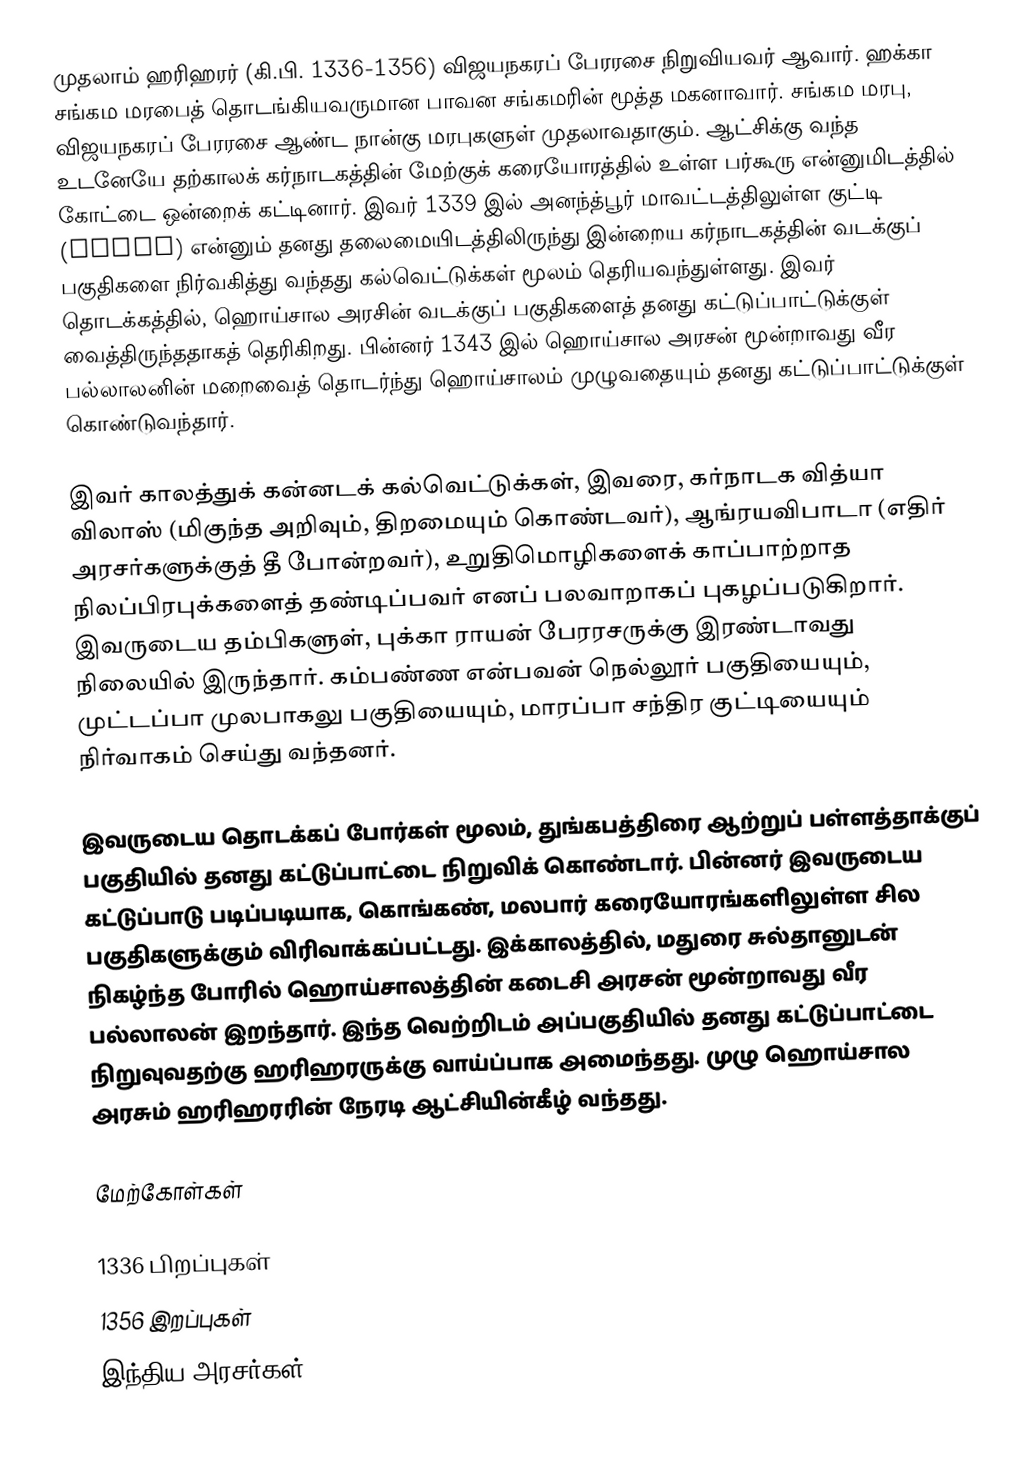
முதலாம் ஹரிஹரர் (கி.பி. 1336-1356) விஜயநகரப் பேரரசை நிறுவியவர் ஆவார். ஹக்கா சங்கம மரபைத் தொடங்கியவருமான பாவன சங்கமரின் மூத்த மகனாவார். சங்கம மரபு, விஜயநகரப் பேரரசை ஆண்ட நான்கு மரபுகளுள் முதலாவதாகும். ஆட்சிக்கு வந்த உடனேயே தற்காலக் கர்நாடகத்தின் மேற்குக் கரையோரத்தில் உள்ள பர்கூரு என்னுமிடத்தில் கோட்டை ஒன்றைக் கட்டினார். இவர் 1339 இல் அனந்த்பூர் மாவட்டத்திலுள்ள குட்டி (Gutti) என்னும் தனது தலைமையிடத்திலிருந்து இன்றைய கர்நாடகத்தின் வடக்குப் பகுதிகளை நிர்வகித்து வந்தது கல்வெட்டுக்கள் மூலம் தெரியவந்துள்ளது. இவர் தொடக்கத்தில், ஹொய்சால அரசின் வடக்குப் பகுதிகளைத் தனது கட்டுப்பாட்டுக்குள் வைத்திருந்ததாகத் தெரிகிறது. பின்னர் 1343 இல் ஹொய்சால அரசன் மூன்றாவது வீர பல்லாலனின் மறைவைத் தொடர்ந்து ஹொய்சாலம் முழுவதையும் தனது கட்டுப்பாட்டுக்குள் கொண்டுவந்தார்.

இவர் காலத்துக் கன்னடக் கல்வெட்டுக்கள், இவரை, கர்நாடக வித்யா விலாஸ் (மிகுந்த அறிவும், திறமையும் கொண்டவர்), ஆங்ரயவிபாடா (எதிர் அரசர்களுக்குத் தீ போன்றவர்), உறுதிமொழிகளைக் காப்பாற்றாத நிலப்பிரபுக்களைத் தண்டிப்பவர் எனப் பலவாறாகப் புகழப்படுகிறார். இவருடைய தம்பிகளுள், புக்கா ராயன் பேரரசருக்கு இரண்டாவது நிலையில் இருந்தார். கம்பண்ண என்பவன் நெல்லூர் பகுதியையும், முட்டப்பா முலபாகலு பகுதியையும், மாரப்பா சந்திர குட்டியையும் நிர்வாகம் செய்து வந்தனர்.

இவருடைய தொடக்கப் போர்கள் மூலம், துங்கபத்திரை ஆற்றுப் பள்ளத்தாக்குப் பகுதியில் தனது கட்டுப்பாட்டை நிறுவிக் கொண்டார். பின்னர் இவருடைய கட்டுப்பாடு படிப்படியாக, கொங்கண், மலபார் கரையோரங்களிலுள்ள சில பகுதிகளுக்கும் விரிவாக்கப்பட்டது. இக்காலத்தில், மதுரை சுல்தானுடன் நிகழ்ந்த போரில் ஹொய்சாலத்தின் கடைசி அரசன் மூன்றாவது வீர பல்லாலன் இறந்தார். இந்த வெற்றிடம் அப்பகுதியில் தனது கட்டுப்பாட்டை நிறுவுவதற்கு ஹரிஹரருக்கு வாய்ப்பாக அமைந்தது. முழு ஹொய்சால அரசும் ஹரிஹரரின் நேரடி ஆட்சியின்கீழ் வந்தது.

மேற்கோள்கள்

1336 பிறப்புகள்
1356 இறப்புகள்
 இந்திய அரசர்கள்